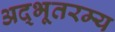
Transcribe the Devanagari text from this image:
अद्भूतरम्य